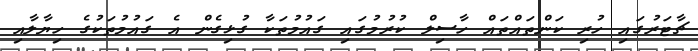
ޗާޓަރުގައި ހުރި ކަންތައްތައް ހާސިލް ކުރުމުގައި ގައުމުތަކާ ގުޅިގެން އެ ގައުމުތަކުގެ ހިޔާލާއި